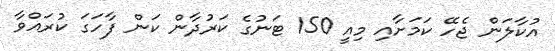
އުކާލަން ޖެހޭ ކަމަށާއި މިއީ 150 ޓަނުގެ ކަރުދާން ކަން ފާހަގަ ކުރައްވާ